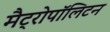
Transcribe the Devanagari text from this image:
मैट्रोपॉलिटन